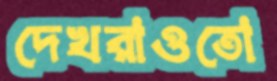
দেখরাওতো